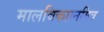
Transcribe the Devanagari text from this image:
मालविकाग्नमित्र